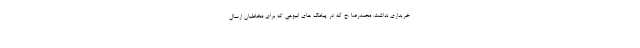
خریداری نداشت. محمدرضا .ح که در پیامک های انبوهی که برای مخاطبان ارسال